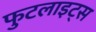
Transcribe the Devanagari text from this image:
फुटलाइट्स